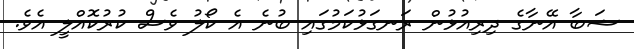
ޝަބާ އޭނާގެ ދިރިއުޅުން ރަނގަޅުކަމުގައި ބުނެ އެ ކޯލު ވެސް ކުރުކޮއްލީ އެވެ.